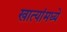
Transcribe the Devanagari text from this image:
खात्यांमध्ये